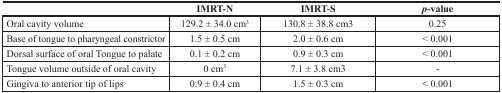
<table><thead><tr><td></td><td><b>IMRT-N</b></td><td><b>IMRT-S</b></td><td><b><i>p</i>-value</b></td></tr></thead><tbody><tr><td>Oral cavity volume</td><td>129.2 ± 34.0 cm<sup>3</sup></td><td>130.8 ± 38.8 cm3</td><td>0.25</td></tr><tr><td>Base of tongue to pharyngeal constrictor</td><td>1.5 ± 0.5 cm</td><td>2.0 ± 0.6 cm</td><td>&lt; 0.001</td></tr><tr><td>Dorsal surface of oral Tongue to palate</td><td>0.1 ± 0.2 cm</td><td>0.9 ± 0.3 cm</td><td>&lt; 0.001</td></tr><tr><td>Tongue volume outside of oral cavity</td><td>0 cm<sup>3</sup></td><td>7.1 ± 3.8 cm3</td><td>-</td></tr><tr><td>Gingiva to anterior tip of lips</td><td>0.9 ± 0.4 cm</td><td>1.5 ± 0.3 cm</td><td>&lt; 0.001</td></tr></tbody></table>